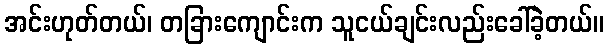
အင်းဟုတ်တယ်၊ တခြားကျောင်းက သူငယ်ချင်းလည်းခေါ်ခဲ့တယ်။